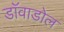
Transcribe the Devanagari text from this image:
डाॅवाडोल